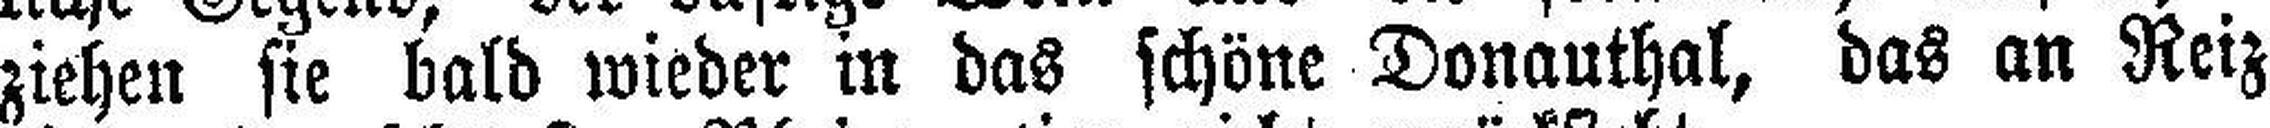
ziehen sie bald wieder in das schöne Donauthal, das an Reiz